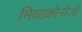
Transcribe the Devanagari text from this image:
मियाकोनोजो